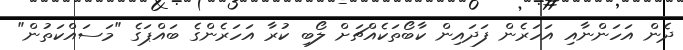
ދެން އަހަންނާއި އަހަރެން ފަދައިން ކާބޯތަކެއްޗަށް ލޯބި ކުރާ އަހަރެންގެ ބައްޕަގެ "މަސައްކަތުން"